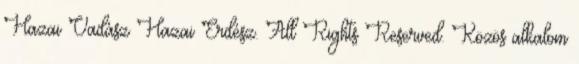
Hazai Vadász Hazai Erdész. All Rights Reserved. Közös alkalom